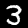
Label: 3